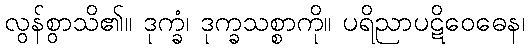
လွန်စွာသိ၏။ ဒုက္ခံ၊ ဒုက္ခသစ္စာကို။ ပရိညာပဋိဝေဓေန၊